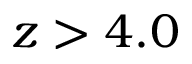
z > 4 . 0